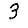
Digit: 3